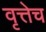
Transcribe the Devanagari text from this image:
वृत्तेच